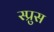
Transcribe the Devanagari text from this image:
स्प्रुस